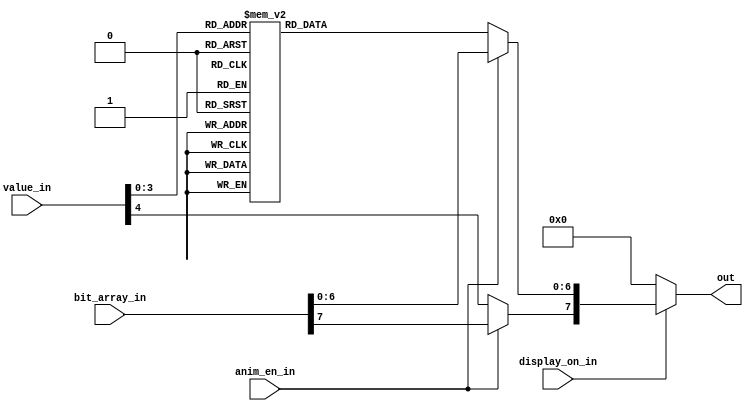
/*
      -- 1 --
     |       |
     6       2
     |       |
      -- 7 --
     |       |
     5       3
     |       |
      -- 4 --
*/

module seven_seg (
  input wire[4:0] value_in,
  input wire[7:0] bit_array_in,
  input wire      anim_en_in,
  input wire      display_on_in,

  output wire[7:0] out
);

reg[7:0] result;
always @(*) begin
  if (~anim_en_in) begin
    case(value_in[3:0])
      //                    7654321
      0 :  result[6:0] = 7'b0111111;
      1 :  result[6:0] = 7'b0000110;
      2 :  result[6:0] = 7'b1011011;
      3 :  result[6:0] = 7'b1001111;
      4 :  result[6:0] = 7'b1100110;
      5 :  result[6:0] = 7'b1101101;
      6 :  result[6:0] = 7'b1111101;
      7 :  result[6:0] = 7'b0000111;
      8 :  result[6:0] = 7'b1111111;
      9 :  result[6:0] = 7'b1100111;

      //                 7654321
      10:  result[6:0] = 7'b1110111;
      11:  result[6:0] = 7'b1111100;
      12:  result[6:0] = 7'b0111001;
      13:  result[6:0] = 7'b1011110;
      14:  result[6:0] = 7'b1111001;
      15:  result[6:0] = 7'b1110001;

      default:    
        result[6:0] = 7'b0000000;
    endcase

    result[7] = value_in[4];
  end else begin
    result = bit_array_in;
  end
end

assign out = display_on_in ? result : 8'b0;

endmodule